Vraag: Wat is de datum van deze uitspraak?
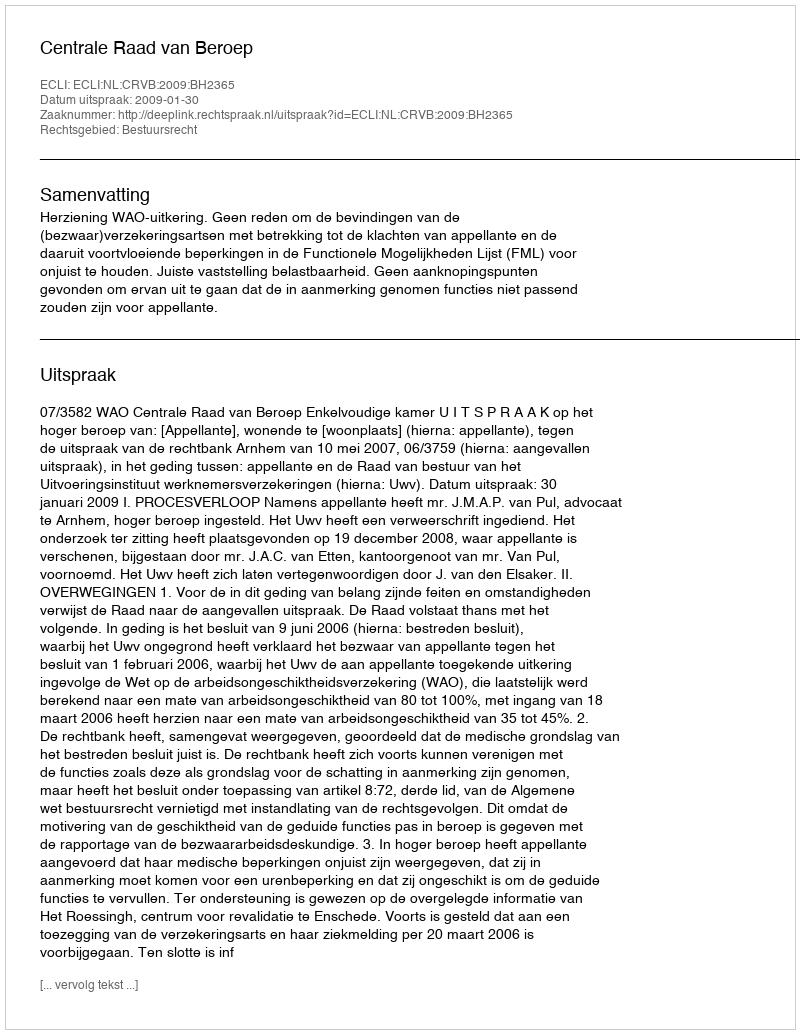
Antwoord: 2009-01-30